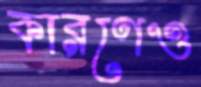
কারণেও